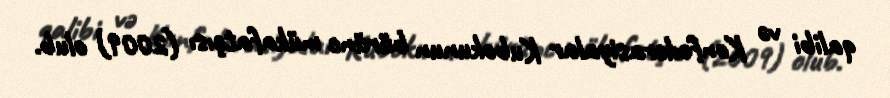
qalibi və Konfederasiyalar Kubokunun bürünc mükafatçısı (2009) olub.